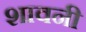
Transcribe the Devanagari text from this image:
शावनी